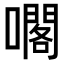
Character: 𡁤